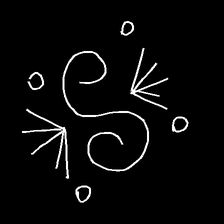
Glyph: aeroform